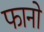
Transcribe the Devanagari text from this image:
फानो